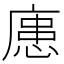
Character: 𪪟